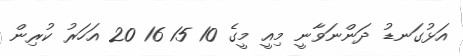
އަޅުގަނޑު ދަންނަވާނީ މިއީ މީގެ 10 15 16 20 އަހަރު ކުރިން